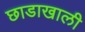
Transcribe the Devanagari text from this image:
छाडाखाली